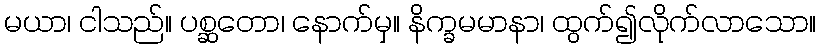
မယာ၊ ငါသည်။ ပစ္ဆတော၊ နောက်မှ။ နိက္ခမမာနာ၊ ထွက်၍လိုက်လာသော။